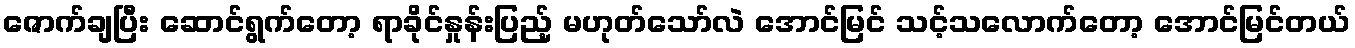
ဇောက်ချပြီး ဆောင်ရွက်တော့ ရာခိုင်နှုန်းပြည့် မဟုတ်သော်လဲ အောင်မြင် သင့်သလောက်တော့ အောင်မြင်တယ်